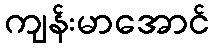
ကျန်းမာအောင်